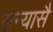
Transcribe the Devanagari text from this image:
सन्यासै